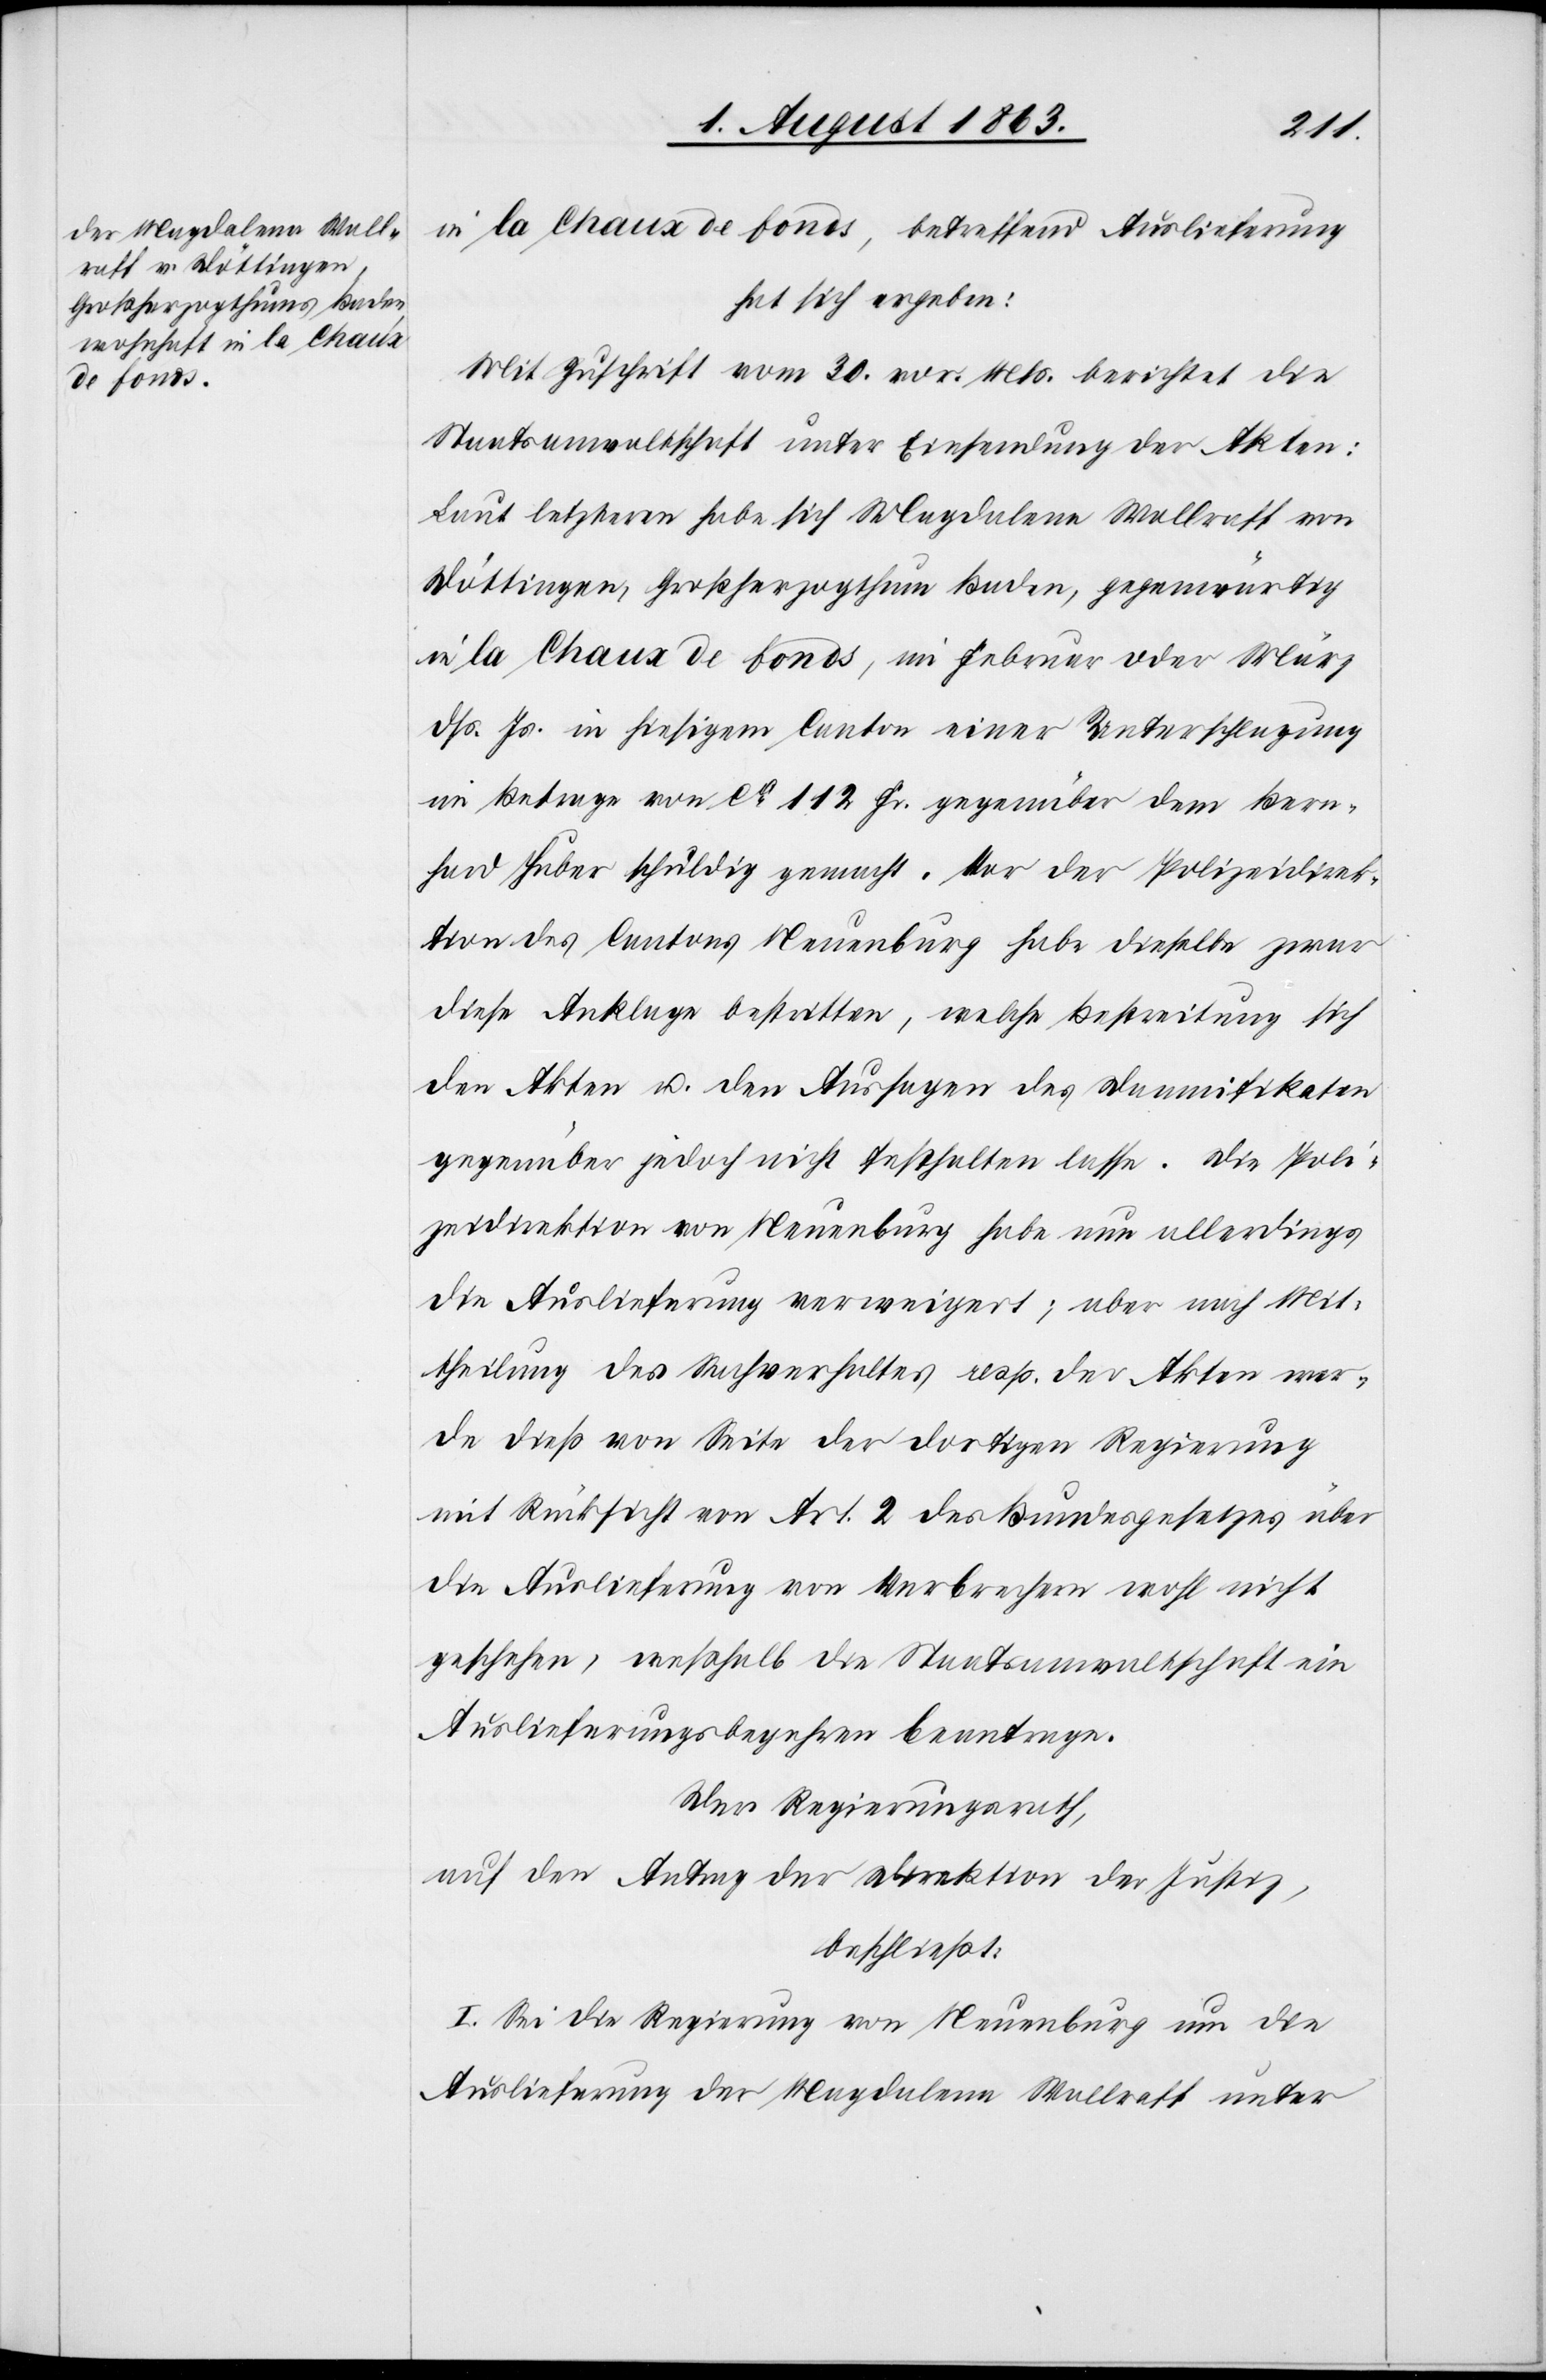
in la Chaux de fonds, betreffend Auslieferung
hat sich ergeben:
Mit Zuschrift vom 30. vor. Mts. berichtet die
Staatsanwaltschaft unter Einsendung der Akten:
Laut letzteren habe sich Magdalena Wallraff von
Döttingen, Großherzogthum Baden, gegenwärtig
in la Chaux de fonds, im Februar oder März
dß. Js. in hiesigem Canton einer Unterschlagung
im Betrage von ca 112 Fr. gegenüber dem Bern¬
hard Huber schuldig gemacht. Vor der Polizeidirek¬
tion des Cantons Neuenburg habe dieselbe zwar
diese Anklage bestritten, welche Bestreitung sich
den Akten u. den Aussagen des Damnifikaten
gegenüber jedoch nicht festhalten lasse. Die Poli¬
zeidirektion von Neuenburg habe nun allerdings
die Auslieferung verweigert; aber nach Mit¬
theilung des Sachverhaltes resp. der Akten wer¬
de dieß von Seite der dortigen Regierung
mit Rücksicht von Art. 2 des Bundesgesetzes über
die Auslieferung von Verbrechern wohl nicht
geschehen, weßhalb die Staatsanwaltschaft ein
Auslieferungsbegehren beantrage.
Der Regierungsrath,
auf den Antrag der Direktion der Justiz,
beschließt:
I. Sei die Regierung von Neuenburg um die
Auslieferung der Magdalena Wallraff unter